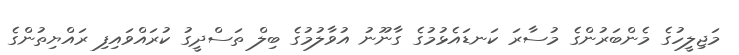
މަޖިލީހުގެ މެންބަރުންގެ މުސާރަ ކަނޑައެޅުމުގެ ގާނޫނު އުވާލުމުގެ ބިލް ތަސްދީގު ކުރައްވައިފި ރައްޔިތުންގެ